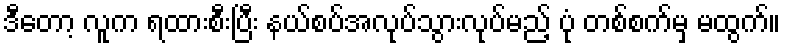
ဒီတော့ လူက ရထားစီးပြီး နယ်စပ်အလုပ်သွားလုပ်မည့် ပုံ တစ်စက်မှ မထွက်။